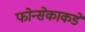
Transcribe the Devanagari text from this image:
फोन्सेकाकडे